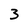
Character: 3